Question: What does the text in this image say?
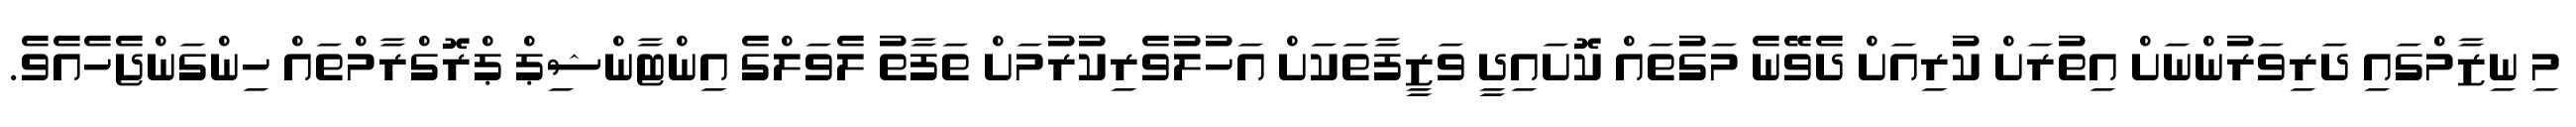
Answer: މި ނިޒާމްގައި ދަރިވަރުންނަށް އިތުރަށް ކުރިއަށް ދެވޭނެ މަގުތައް ކޮށައިދީ ވަޒީފާތަކަށް އަހުލުވެރިކުރުމަށް ތަފާތު ލެވަލްގެ އިންޓާންޝިޕް ޕްރޮގްރާމްތައް ހިންގަންޖެހެއެވެ.